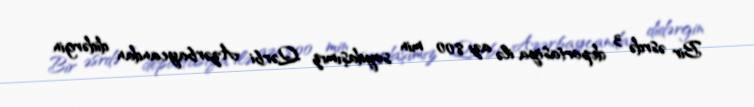
Bir əsrdə 3 deportasiya ilə azı 800 min soydaşımız Qərbi Azərbaycandan didərgin